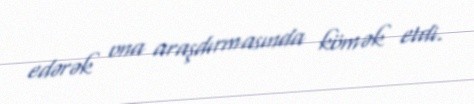
edərək ona araşdırmasında kömək etdi.